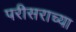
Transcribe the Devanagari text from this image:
परीसराच्या